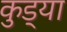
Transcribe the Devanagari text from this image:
कुड्या